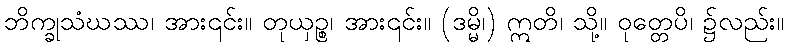
ဘိက္ခုသံဃဿ၊ အား၎င်း။ တုယှဉ္စ၊ အား၎င်း။ (ဒမ္မိ၊) ဣတိ၊ သို့။ ဝုတ္တေပိ၊ ၌လည်း။